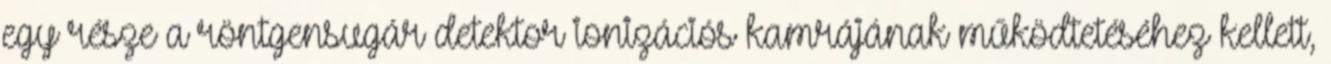
egy része a röntgensugár detektor ionizációs kamrájának működtetéséhez kellett,